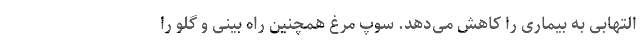
التهابی به بیماری را کاهش می‌دهد. سوپ مرغ همچنین راه بینی و گلو را